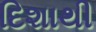
દિશાથી